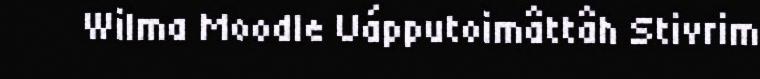
Wilma Moodle Uápputoimâttâh Stivrim